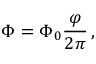
\Phi = \Phi _ { 0 } { \frac { \varphi } { 2 \pi } } \, ,